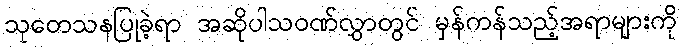
သုတေသနပြုခဲ့ရာ အဆိုပါသဝဏ်လွှာတွင် မှန်ကန်သည့်အရာများကို